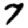
Digit: 7